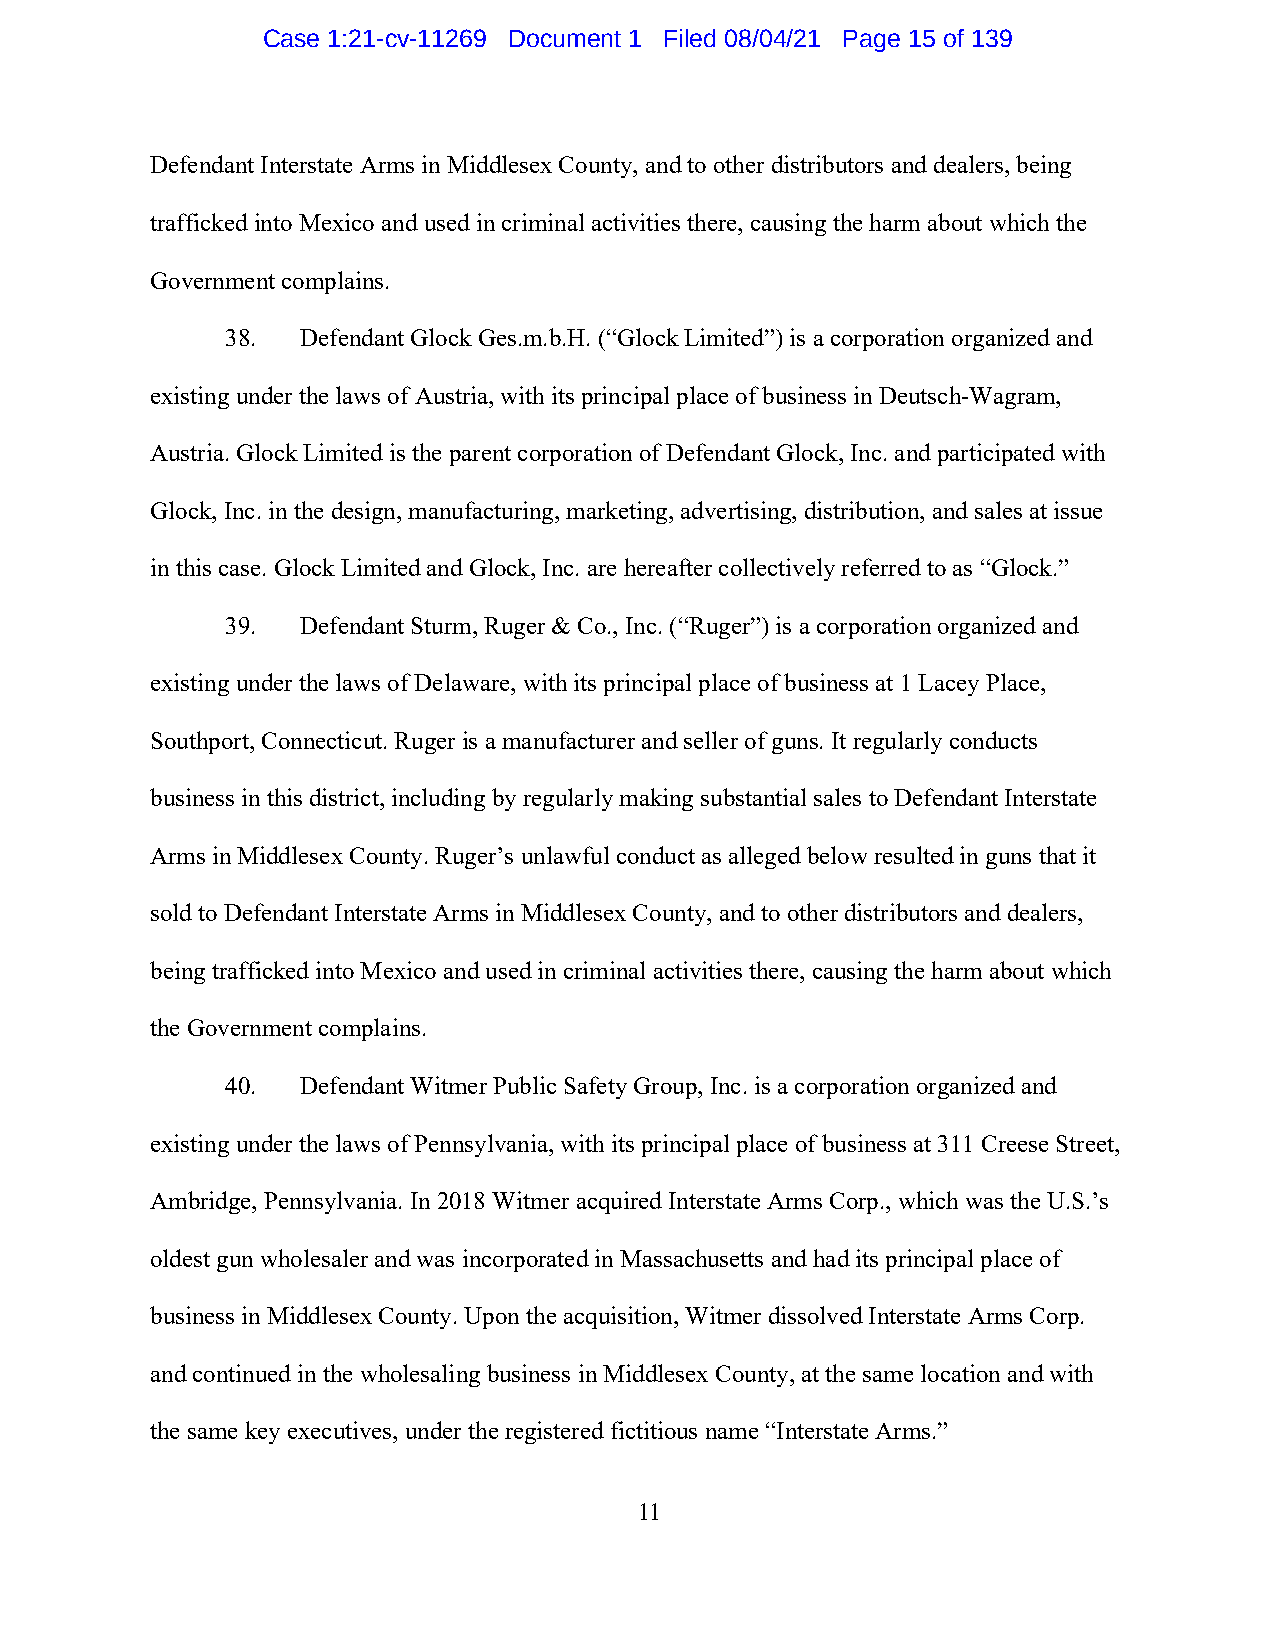
Case 1:21-cv-11269 Document 1 Filed 08/04/21 Page 15 of 139
 Defendant Interstate Arms in Middlesex County, and to other distributors and dealers, being
 trafficked into Mexico and used in criminal activities there, causing the harm about which the
 Government complains.
 38.  Defendant Glock Ges.m.b.H. (“Glock Limited”) is a corporation organized and
 existing under the laws of Austria, with its principal place of business in Deutsch-Wagram,
 Austria. Glock Limited is the parent corporation of Defendant Glock, Inc. and participated with
 Glock, Inc. in the design, manufacturing, marketing, advertising, distribution, and sales at issue
 in this case. Glock Limited and Glock, Inc. are hereafter collectively referred to as “Glock.”
 39.  Defendant Sturm, Ruger & Co., Inc. (“Ruger”) is a corporation organized and
 existing under the laws of Delaware, with its principal place of business at 1 Lacey Place,
 Southport, Connecticut. Ruger is a manufacturer and seller of guns. It regularly conducts
 business in this district, including by regularly making substantial sales to Defendant Interstate
 Arms in Middlesex County. Ruger’s unlawful conduct as alleged below resulted in guns that it
 sold to Defendant Interstate Arms in Middlesex County, and to other distributors and dealers,
 being trafficked into Mexico and used in criminal activities there, causing the harm about which
 the Government complains.
 40.  Defendant Witmer Public Safety Group, Inc. is a corporation organized and
 existing under the laws of Pennsylvania, with its principal place of business at 311 Creese Street,
 Ambridge, Pennsylvania. In 2018 Witmer acquired Interstate Arms Corp., which was the U.S.’s
 oldest gun wholesaler and was incorporated in Massachusetts and had its principal place of
 business in Middlesex County. Upon the acquisition, Witmer dissolved Interstate Arms Corp.
 and continued in the wholesaling business in Middlesex County, at the same location and with
 the same key executives, under the registered fictitious name “Interstate Arms.”
 11